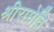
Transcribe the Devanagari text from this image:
श्रीरामेति